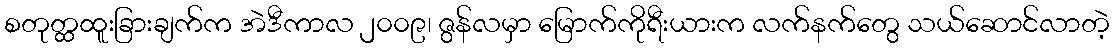
စတုတ္ထထူးခြားချက်က အဲဒီကာလ ၂၀၀၉၊ ဇွန်လမှာ မြောက်ကိုရီးယားက လက်နက်တွေ သယ်ဆောင်လာတဲ့